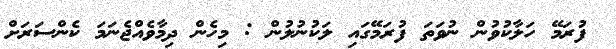
ފުރަމޭ ހަލާކުވުން ނުވަތަ ފުރަމޭގައި ލަކުނުލުން : މިހެން ދިމާވެއްޖެނަމަ ކެންސަރަށް